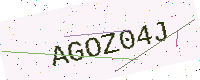
Text: AGOZ04J